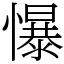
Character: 懪